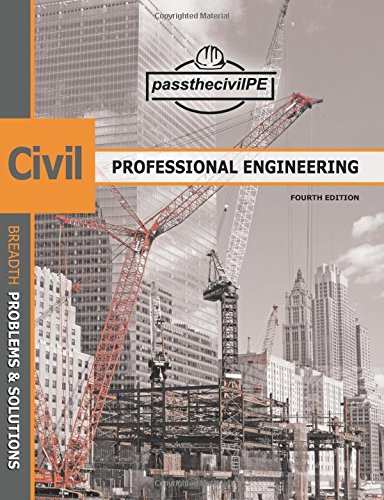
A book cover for Pass the Civil Professional Engineering (PE) Exam Guide Book; Tenaya Industries LLC; Test Preparation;